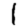
Digit: 1